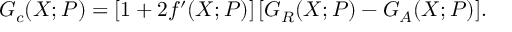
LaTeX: G _ { c } ( X ; P ) = [ 1 + 2 f ^ { \prime } ( X ; P ) ] \, [ G _ { R } ( X ; P ) - G _ { A } ( X ; P ) ] .